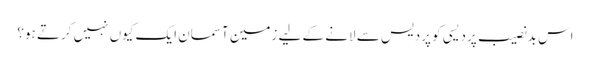
اس بدنصیب پردیسی کو پردیس سے لانے کے لیے زمین آسمان ایک کیوں نہیں کرتے ہو؟